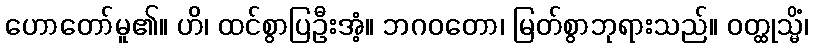
ဟောတော်မူ၏။ ဟိ၊ ထင်စွာပြဦးအံ့။ ဘဂဝတော၊ မြတ်စွာဘုရားသည်။ ဝတ္ထုသ္မိံ၊